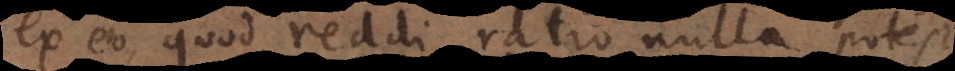
ex eo, quod reddi ratio nulla potest